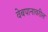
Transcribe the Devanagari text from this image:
वेबपानावरील